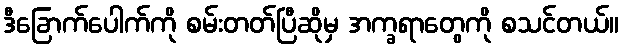
ဒီခြောက်ပေါက်ကို စမ်းတတ်ပြီဆိုမှ အက္ခရာတွေကို စသင်တယ်။